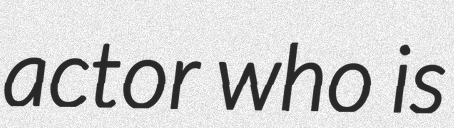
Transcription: actor who is